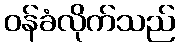
ဝန်ခံလိုက်သည်